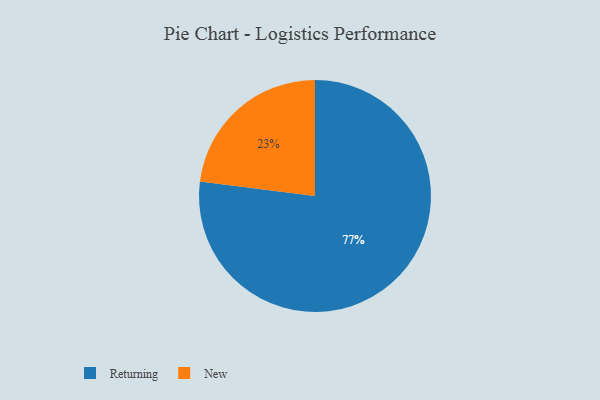
{"axis": {"x": "Category", "y": "Percentage"}, "legend": ["New", "Returning"], "data": [{"x": "Returning", "y": 77, "type": "Returning"}, {"x": "New", "y": 23, "type": "New"}]}